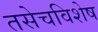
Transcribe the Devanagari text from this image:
तसेचविशेष